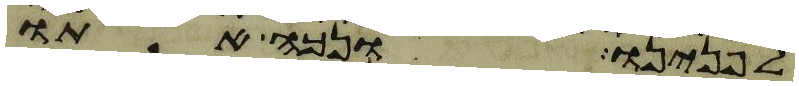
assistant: לפנינו ונכה אתו